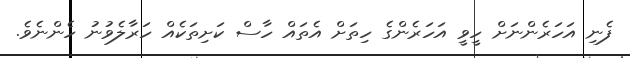
ފެނި އަހަރެންނަށް ހީވީ އަހަރެންގެ ހިތަށް އެތައް ހާސް ކަށިތަކެއް ހަރާލެވުނު ހެންނެވެ.